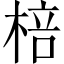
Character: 棓